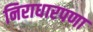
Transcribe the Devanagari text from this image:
निराधारपणा